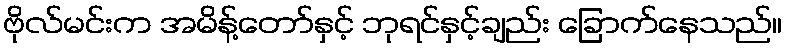
ဗိုလ်မင်းက အမိန့်တော်နှင့် ဘုရင်နှင့်ချည်း ခြောက်နေသည်။